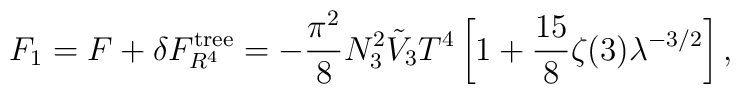
F_1= F +\delta F_{R^4}^{\rm tree}          =-\frac{\pi^2}{8}N^2_3 \tilde{V}_3 T^4 \left [ 1 +       \frac{15}{8}\zeta(3) \lambda ^{-3/2}\right],